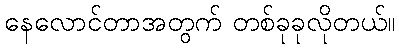
နေလောင်တာအတွက် တစ်ခုခုလိုတယ်။